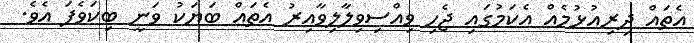
އެތައް ދިރިއުޅުމެއް އެކަމުގައި ޖެހި ވިއްސިވިލާލިވާއިރު އެތައް ބަޔަކު ވަނީ ބިކަވެފަ އެވެ.